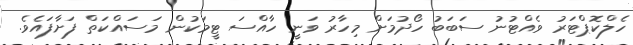
ހެލްކޮޕްޓަރު ވެއްޓުނު ސަބަބު ހޯދުމަށް މިހާރު ވަނީ ހާއްސަ ޓީމަކުން މަސައްކަތް ފަށާފައެވެ.